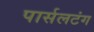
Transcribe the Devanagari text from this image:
पार्सलटंग